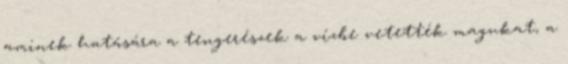
aminek hatására a tengerészek a vízbe vetették magukat, a